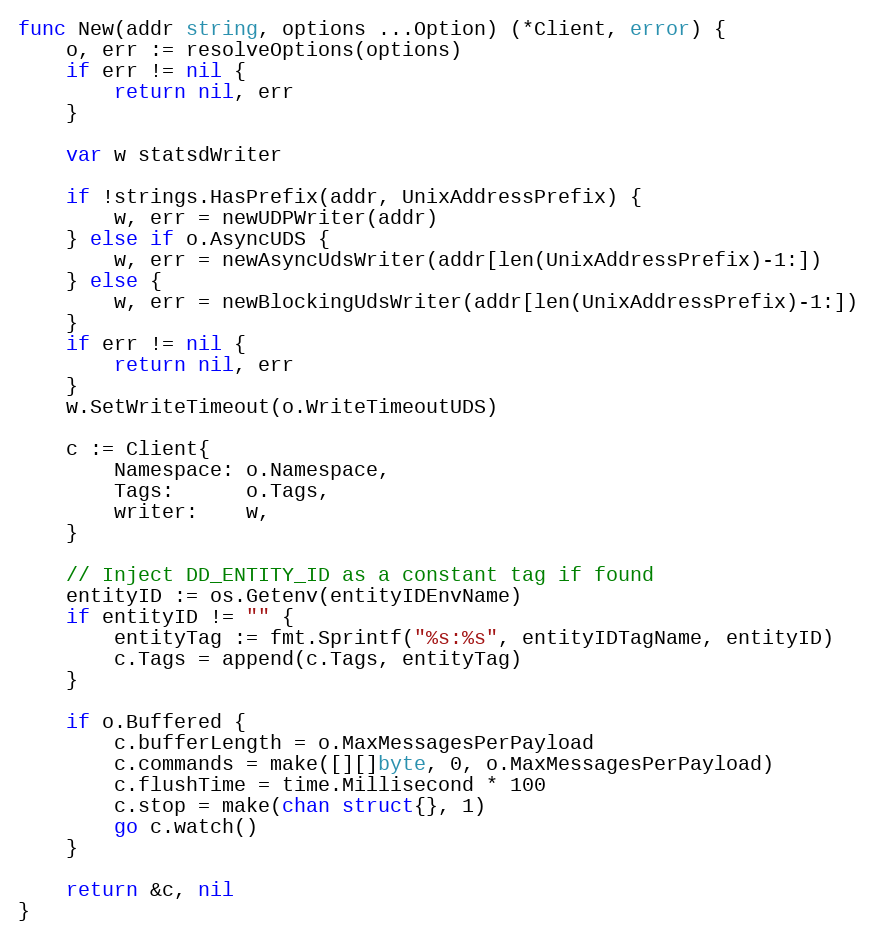
Language: Go
func New(addr string, options ...Option) (*Client, error) {
	o, err := resolveOptions(options)
	if err != nil {
		return nil, err
	}

	var w statsdWriter

	if !strings.HasPrefix(addr, UnixAddressPrefix) {
		w, err = newUDPWriter(addr)
	} else if o.AsyncUDS {
		w, err = newAsyncUdsWriter(addr[len(UnixAddressPrefix)-1:])
	} else {
		w, err = newBlockingUdsWriter(addr[len(UnixAddressPrefix)-1:])
	}
	if err != nil {
		return nil, err
	}
	w.SetWriteTimeout(o.WriteTimeoutUDS)

	c := Client{
		Namespace: o.Namespace,
		Tags:      o.Tags,
		writer:    w,
	}

	// Inject DD_ENTITY_ID as a constant tag if found
	entityID := os.Getenv(entityIDEnvName)
	if entityID != "" {
		entityTag := fmt.Sprintf("%s:%s", entityIDTagName, entityID)
		c.Tags = append(c.Tags, entityTag)
	}

	if o.Buffered {
		c.bufferLength = o.MaxMessagesPerPayload
		c.commands = make([][]byte, 0, o.MaxMessagesPerPayload)
		c.flushTime = time.Millisecond * 100
		c.stop = make(chan struct{}, 1)
		go c.watch()
	}

	return &c, nil
}